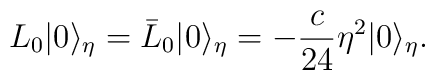
L_0 | 0 \rangle_\eta = \bar  L_0 | 0 \rangle_\eta= - \frac{c}{24} \eta^2 | 0 \rangle_\eta.